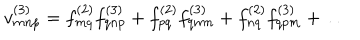
v _ { m n p } ^ { ( 3 ) } = f _ { m q } ^ { ( 2 ) } f _ { q n p } ^ { ( 3 ) } + f _ { p q } ^ { ( 2 ) } f _ { q m n } ^ { ( 3 ) } + f _ { n q } ^ { ( 2 ) } f _ { q p m } ^ { ( 3 ) } + \ldots